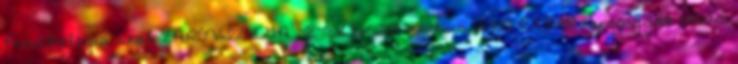
Pszichológia szak ZÁRÓVIZSGA TÉTELEK 2017 július I.KÖTELEZŐ tantárgyak tételei